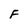
Character: F